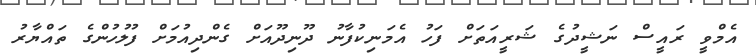
އެމްވީ ރައީސް ނަޝީދުގެ ޝަރީއަތަށް ފަހު އެމަނިކުފާނު ދޫނިދޫއަށް ގެންދިއުމަށް ފުލުހުންގެ ތައްޔާރު